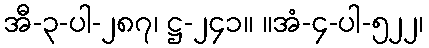
အီ-၃-ပါ-၂၈၇၊ ဋ္ဌ-၂၄၁။ ။အံ-၄-ပါ-၅၂၂၊